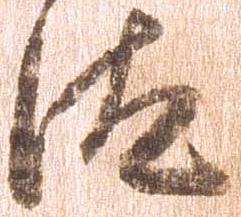
汰